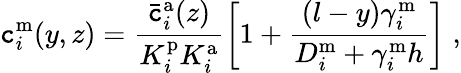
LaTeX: \mathtt{c}_{i}^{\mathrm{{m}}}(y,z)=\frac{{\bar{{\mathtt{c}}}_{i}^{\mathrm{{a}}}(z)}}{{K_{i}^{\mathrm{{p}}}K_{i}^{\mathrm{{a}}}}}\left[1+\frac{{(l-y)\gamma_{i}^{\mathrm{{m}}}}}{{D_{i}^{\mathrm{{m}}}+\gamma_{i}^{\mathrm{{m}}}h}}\right]\; ,